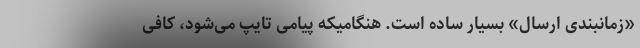
«زمانبندی ارسال» بسیار ساده است. هنگامیکه پیامی تایپ می‌شود، کافی